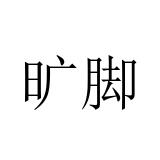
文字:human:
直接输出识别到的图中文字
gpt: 旷脚